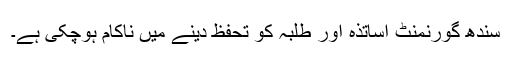
سندھ گورنمنٹ اساتذہ اور طلبہ کو تحفظ دینے میں ناکام ہوچکی ہے۔